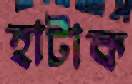
হাটাক